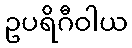
ဥပရိဂီဝါယ